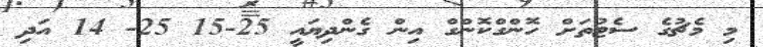
މި މެޗުގެ ސެޓުތަށް ހޮންގްކޮންގް އިން ގެންދިޔައީ 25-15 25- 14 އަދި